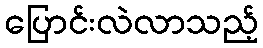
ပြောင်းလဲလာသည့်